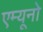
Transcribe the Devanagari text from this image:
एम्यूनो